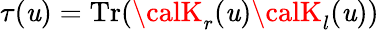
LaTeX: \tau(\mathit{u})=\mathrm{{Tr}}({\calK}_{r}(\mathit{u}){\calK}_{l}(\mathit{u}))